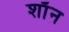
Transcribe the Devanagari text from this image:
शाॅन